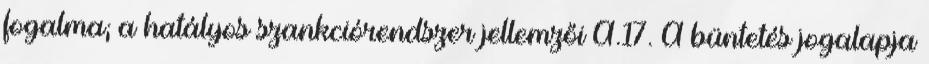
fogalma; a hatályos szankciórendszer jellemzői A.17. A büntetés jogalapja